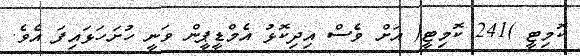
ކޮމިޓީ )241 ކޮމިޓީ( އަށް ވެސް އިދިކޮޅު އެމްޑީޕީން ވަނީ ހުށަހަޅައިފަ އެވެ.